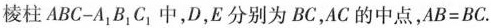
棱柱ABC-A_{1}B_{1}C_{1}中，D，E分别为BC，AC的中点，$$A B = B C$$.